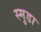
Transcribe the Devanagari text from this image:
स्मुडा